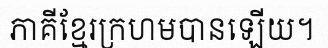
ភាគីខ្មែរក្រហមបានឡើយ។